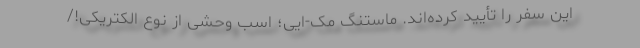
این سفر را تأیید کرده‌اند. ماستنگ مک-ایی؛ اسب وحشی از نوع الکتریکی!/